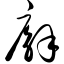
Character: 廨